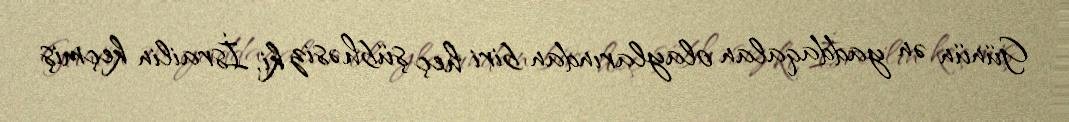
Günün ən yaddaqalan olaylarından biri heç şübhəsiz ki, İsrailin keçmiş